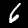
Label: 6